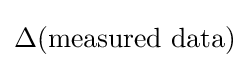
\Delta ({\text{measured data}})